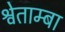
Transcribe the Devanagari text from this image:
श्वेताम्बा